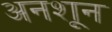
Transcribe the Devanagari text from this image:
अनशून